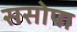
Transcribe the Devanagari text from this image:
ससोपा